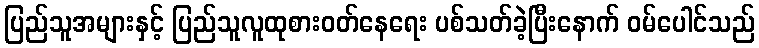
ပြည်သူအများနှင့် ပြည်သူလူထုစားဝတ်နေရေး ပစ်သတ်ခဲ့ပြီးနောက် ဝမ်ပေါင်သည်